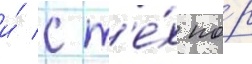
и́ с т'е́х по́р